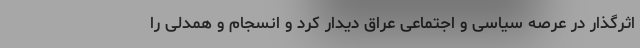
اثرگذار در عرصه سیاسی و اجتماعی عراق دیدار کرد و انسجام و همدلی را